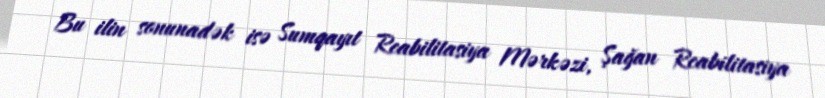
Bu ilin sonunadək isə Sumqayıt Reabilitasiya Mərkəzi, Şağan Reabilitasiya